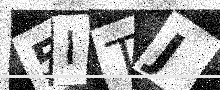
Text: 5ITJ